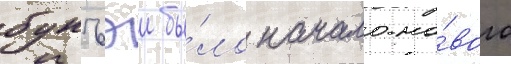
бунъэи бы́ло начало но́вого